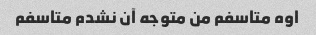
اوه متاسفم من متوجه آن نشدم متاسفم